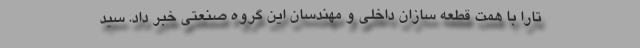
تارا با همت قطعه سازان داخلی و مهندسان این گروه صنعتی خبر داد. سید